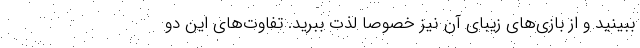
ببینید و از بازی‌های زیبای آن نیز خصوصا لذت ببرید. تفاوت‌های این دو